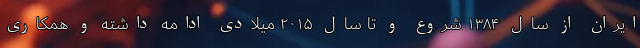
ایران از سال ۱۳۸۴ شروع و تا سال ۲۰۱۵ میلادی ادامه داشته ‌و همکاری